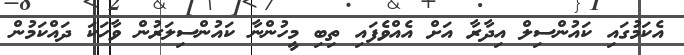
އެކަމުގައި ކައުންސިލް އިދާރާ އަށް އެއްވެފައި ތިބި މީހުންނާ ކައުންސިލަރުން ވާހަކަ ދައްކަމުން